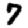
Digit: 7